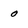
Character: 0